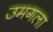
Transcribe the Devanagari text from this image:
उमगला